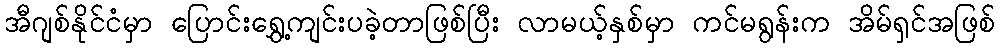
အီဂျစ်နိုင်ငံမှာ ပြောင်းရွှေ့ကျင်းပခဲ့တာဖြစ်ပြီး လာမယ့်နှစ်မှာ ကင်မရွန်းက အိမ်ရှင်အဖြစ်